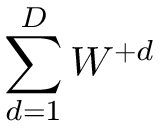
\sum _ { d = 1 } ^ { D } W ^ { + d }